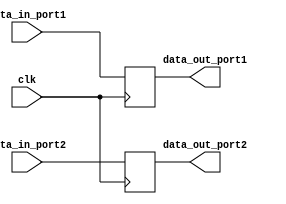
module dual_port_register (
    input wire clk,
    input wire [7:0] data_in_port1,
    input wire [7:0] data_in_port2,
    output reg [7:0] data_out_port1,
    output reg [7:0] data_out_port2
);
  
  reg [7:0] reg_data1;
  reg [7:0] reg_data2;
  
  always @(posedge clk) begin
    reg_data1 <= data_in_port1;
    reg_data2 <= data_in_port2;
  end
  
  always @* begin
    data_out_port1 = reg_data1;
    data_out_port2 = reg_data2;
  end

endmodule